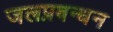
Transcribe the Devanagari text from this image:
जलप्रबन्धन